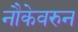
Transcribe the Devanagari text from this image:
नौकेवरुन